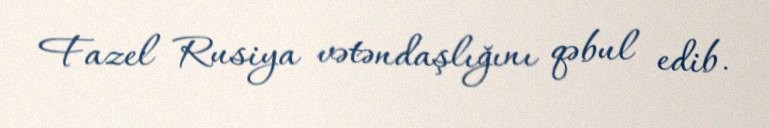
Fazel Rusiya vətəndaşlığını qəbul edib.